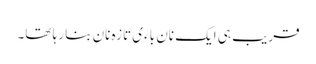
قریب ہی ایک نان باءی تازہ نان بنا رہا تھا۔